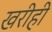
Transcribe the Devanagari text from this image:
खरीही